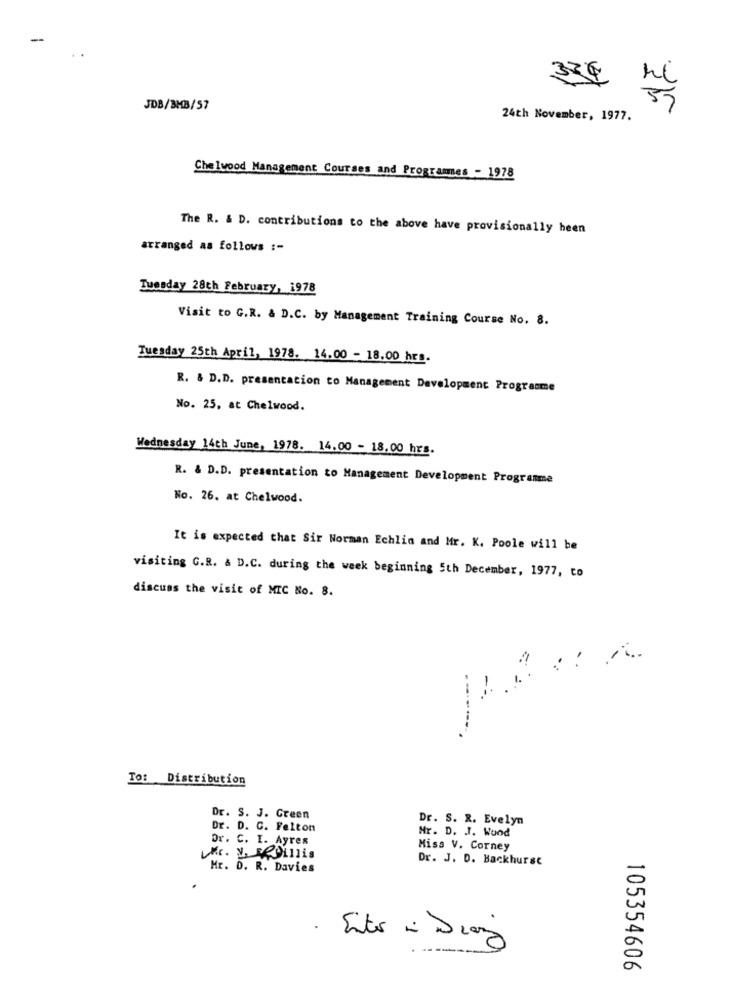
334
JDB/BMB/57
24th November, 1977.
Chelwood Management Courses and Programmes - 1978
The R. & D. contributions to the above have provisionally heen
arranged as follows :-
Tuesday 28th February, 1978
Visit to G.R. & D.C. by Management Training Course No. 8.
Tuesday 25th April, 1978. 14.00 - 18.00 hrs.
R. & D.D. presentacion to Management Development Programme
No. 25, at Chelwood.
Wednesday 14th June, 1978. 14.00 - 18.00 hrs.
R. & D.D. presentation to Management Development Programme
No. 26. at Chelwood.
It is expected that Sir Norman Echlin and Mr. K. Poole will be
visiting G.R. & D.C. during the week beginning 5th December, 1977, to
discuss the visit of MIC No. 8.
To: Distribution
Dr. S. J. Green
Dr. S. R. Evelyn
Dr. D. C. Felton
Mr. D. J. Wund
Dr. C. I. Ayres
Miss V. Corney
Mr. V. Dinis
Dr. J. D. Backhurst
Mr. D. R. Davies
· Enter = Diaz
105354606